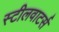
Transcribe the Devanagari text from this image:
स्टीलवाटर्स